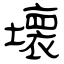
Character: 壊